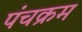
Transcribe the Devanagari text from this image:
पंचक्रम